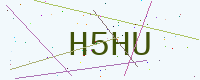
Text: H5HU